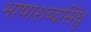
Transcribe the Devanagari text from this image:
भाषाशब्दसिंधु